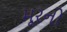
મૂરનો